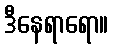
ဒီနေရာရော။